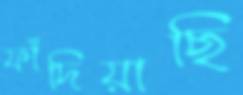
ফাঁদিয়াছি